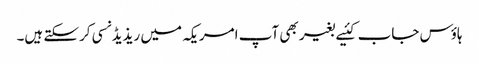
ہاؤس جاب کئیے بغیر بھی آپ امریکہ میں ریذیڈنسی کرسکتے ہیں۔